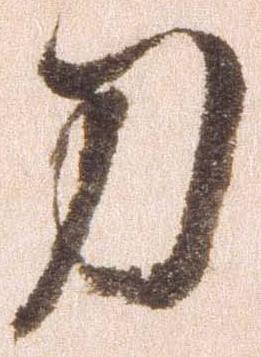
刀